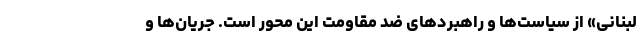
لبنانی» از سیاست‌ها و راهبردهای ضد مقاومت این محور است. جریان‌ها و